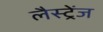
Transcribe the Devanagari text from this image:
लैस्ट्रेंज